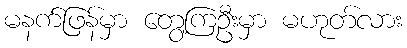
မနက်ဖြန်မှာ တွေ့ကြဦးမှာ မဟုတ်လား